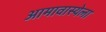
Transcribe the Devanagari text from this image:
आमावास्येला